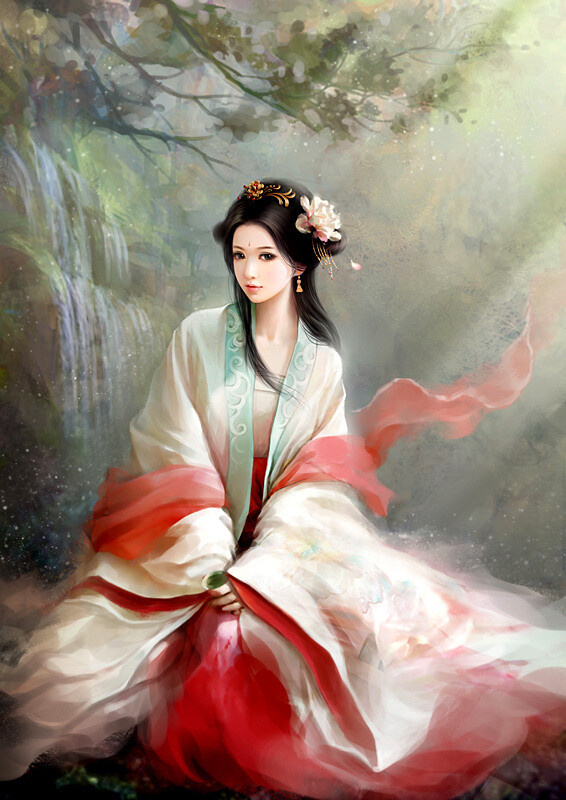
白发戴花君莫笑，六幺催拍盏频传。